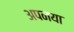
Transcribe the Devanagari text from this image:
अपनया